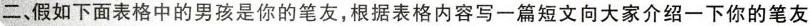
二，假如下面表格中的男孩是你的笔友